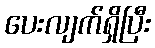
ပေးလျက်ရှိပြီး